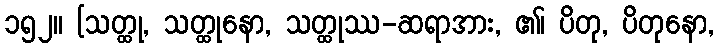
၁၅၂။ [သတ္ထု, သတ္ထုနော, သတ္ထုဿ-ဆရာအား, ၏၊ ပိတု, ပိတုနော,